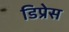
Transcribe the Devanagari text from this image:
डिप्रेस